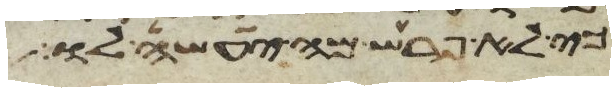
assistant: כי לא פרש מה יעשה לו